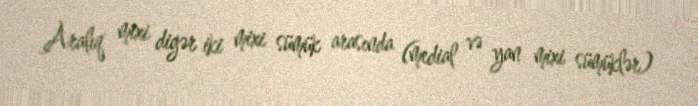
Aralıq mixi digər iki mixi sümük arasında (medial və yan mixi sümüklər)